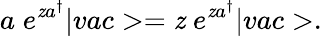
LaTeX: a\; e^{\mathit{z}a^{\dagger}}|vac>=\mathit{z}\; e^{\mathit{z}a^{\dagger}}|vac>.